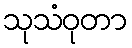
သုသံဝုတာ